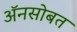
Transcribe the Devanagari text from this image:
अॅनसोबत